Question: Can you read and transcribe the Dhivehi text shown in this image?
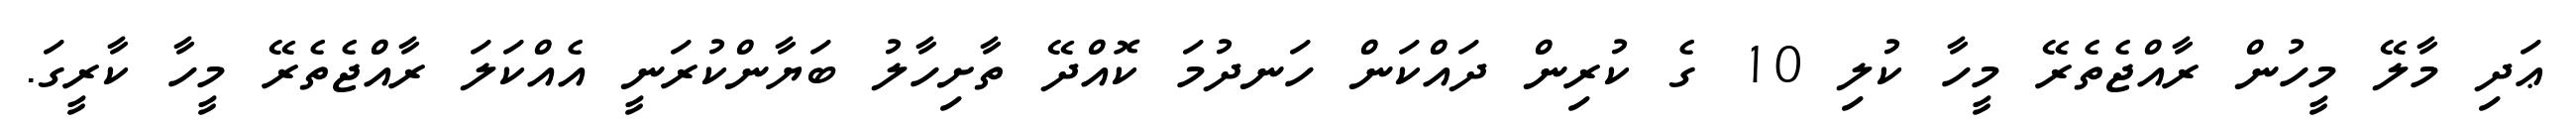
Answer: ޢަދި މާލޭ މީހުން ރާއްޖެތެރޭ މީހާ ކުލި 10 ގެ ކުރިން ދައްކަން ހަނދުމަ ކޮއްދޭ ތާށިހާލު ބަޔާންކުރަނީ އެއްކަލަ ރާއްޖެތެރޭ މީހާ ކާރީގަ.